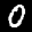
Label: 0